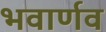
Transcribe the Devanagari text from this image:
भवार्णव